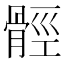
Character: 𩩋